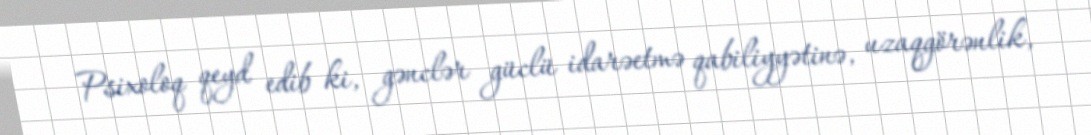
Psixoloq qeyd edib ki, gənclər güclü idarəetmə qabiliyyətinə, uzaqgörənlik,